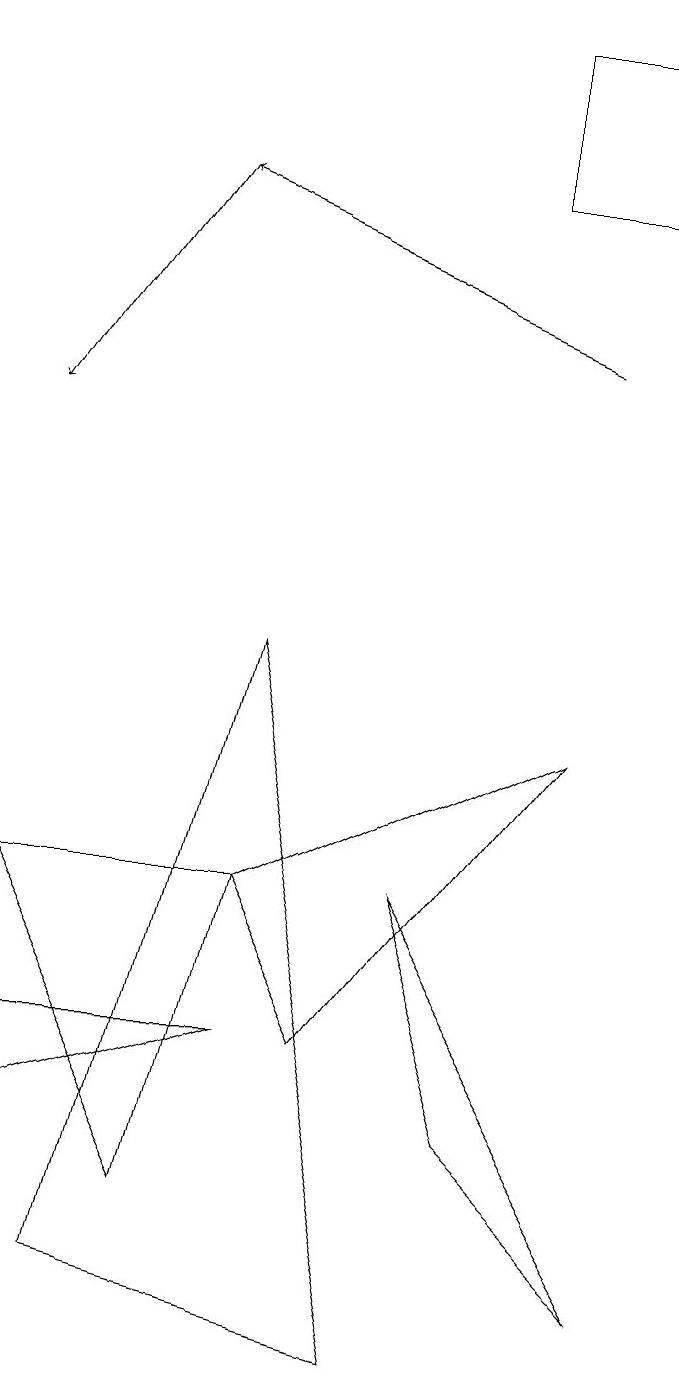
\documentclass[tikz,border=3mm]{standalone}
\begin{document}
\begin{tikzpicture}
\draw (2,2) -- (0,6) -- (3,6) -- cycle;
\draw (3,4) -- (0,3) -- (0,4) -- cycle;
\draw[->] (2,15) -- (0,12);
\draw (5,0) -- (1,1) -- (3,9) -- cycle;
\draw (5,6) -- (8,1) -- (6,3) -- cycle;
\draw (6,15) rectangle (8,17);
\draw (4,4) -- (7,8) -- (3,6) -- cycle;
\draw[->] (7,13) -- (2,15);
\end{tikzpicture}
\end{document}